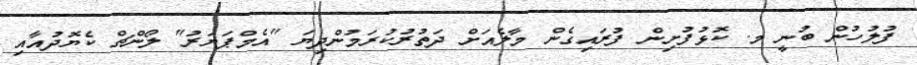
ފުލުހުން ބުނީ މ. ކޮޅުފުށިން ފުރައިގެން މާލެއަށް ދަތުރުކުރަމުންދިޔަ "އެމްޕަޔަރު" ލޯންޗް ކެޔޮދުއާއި